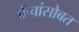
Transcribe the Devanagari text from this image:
फ्रेंचांसोबत